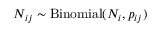
N _ { i j } \sim \mathrm { B i n o m i a l } ( N _ { i } , p _ { i j } )